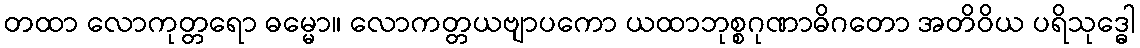
တထာ လောကုတ္တရော ဓမ္မော။ လောကတ္တယဗျာပကော ယထာဘုစ္စဂုဏာဓိဂတော အတိဝိယ ပရိသုဒ္ဓေါ